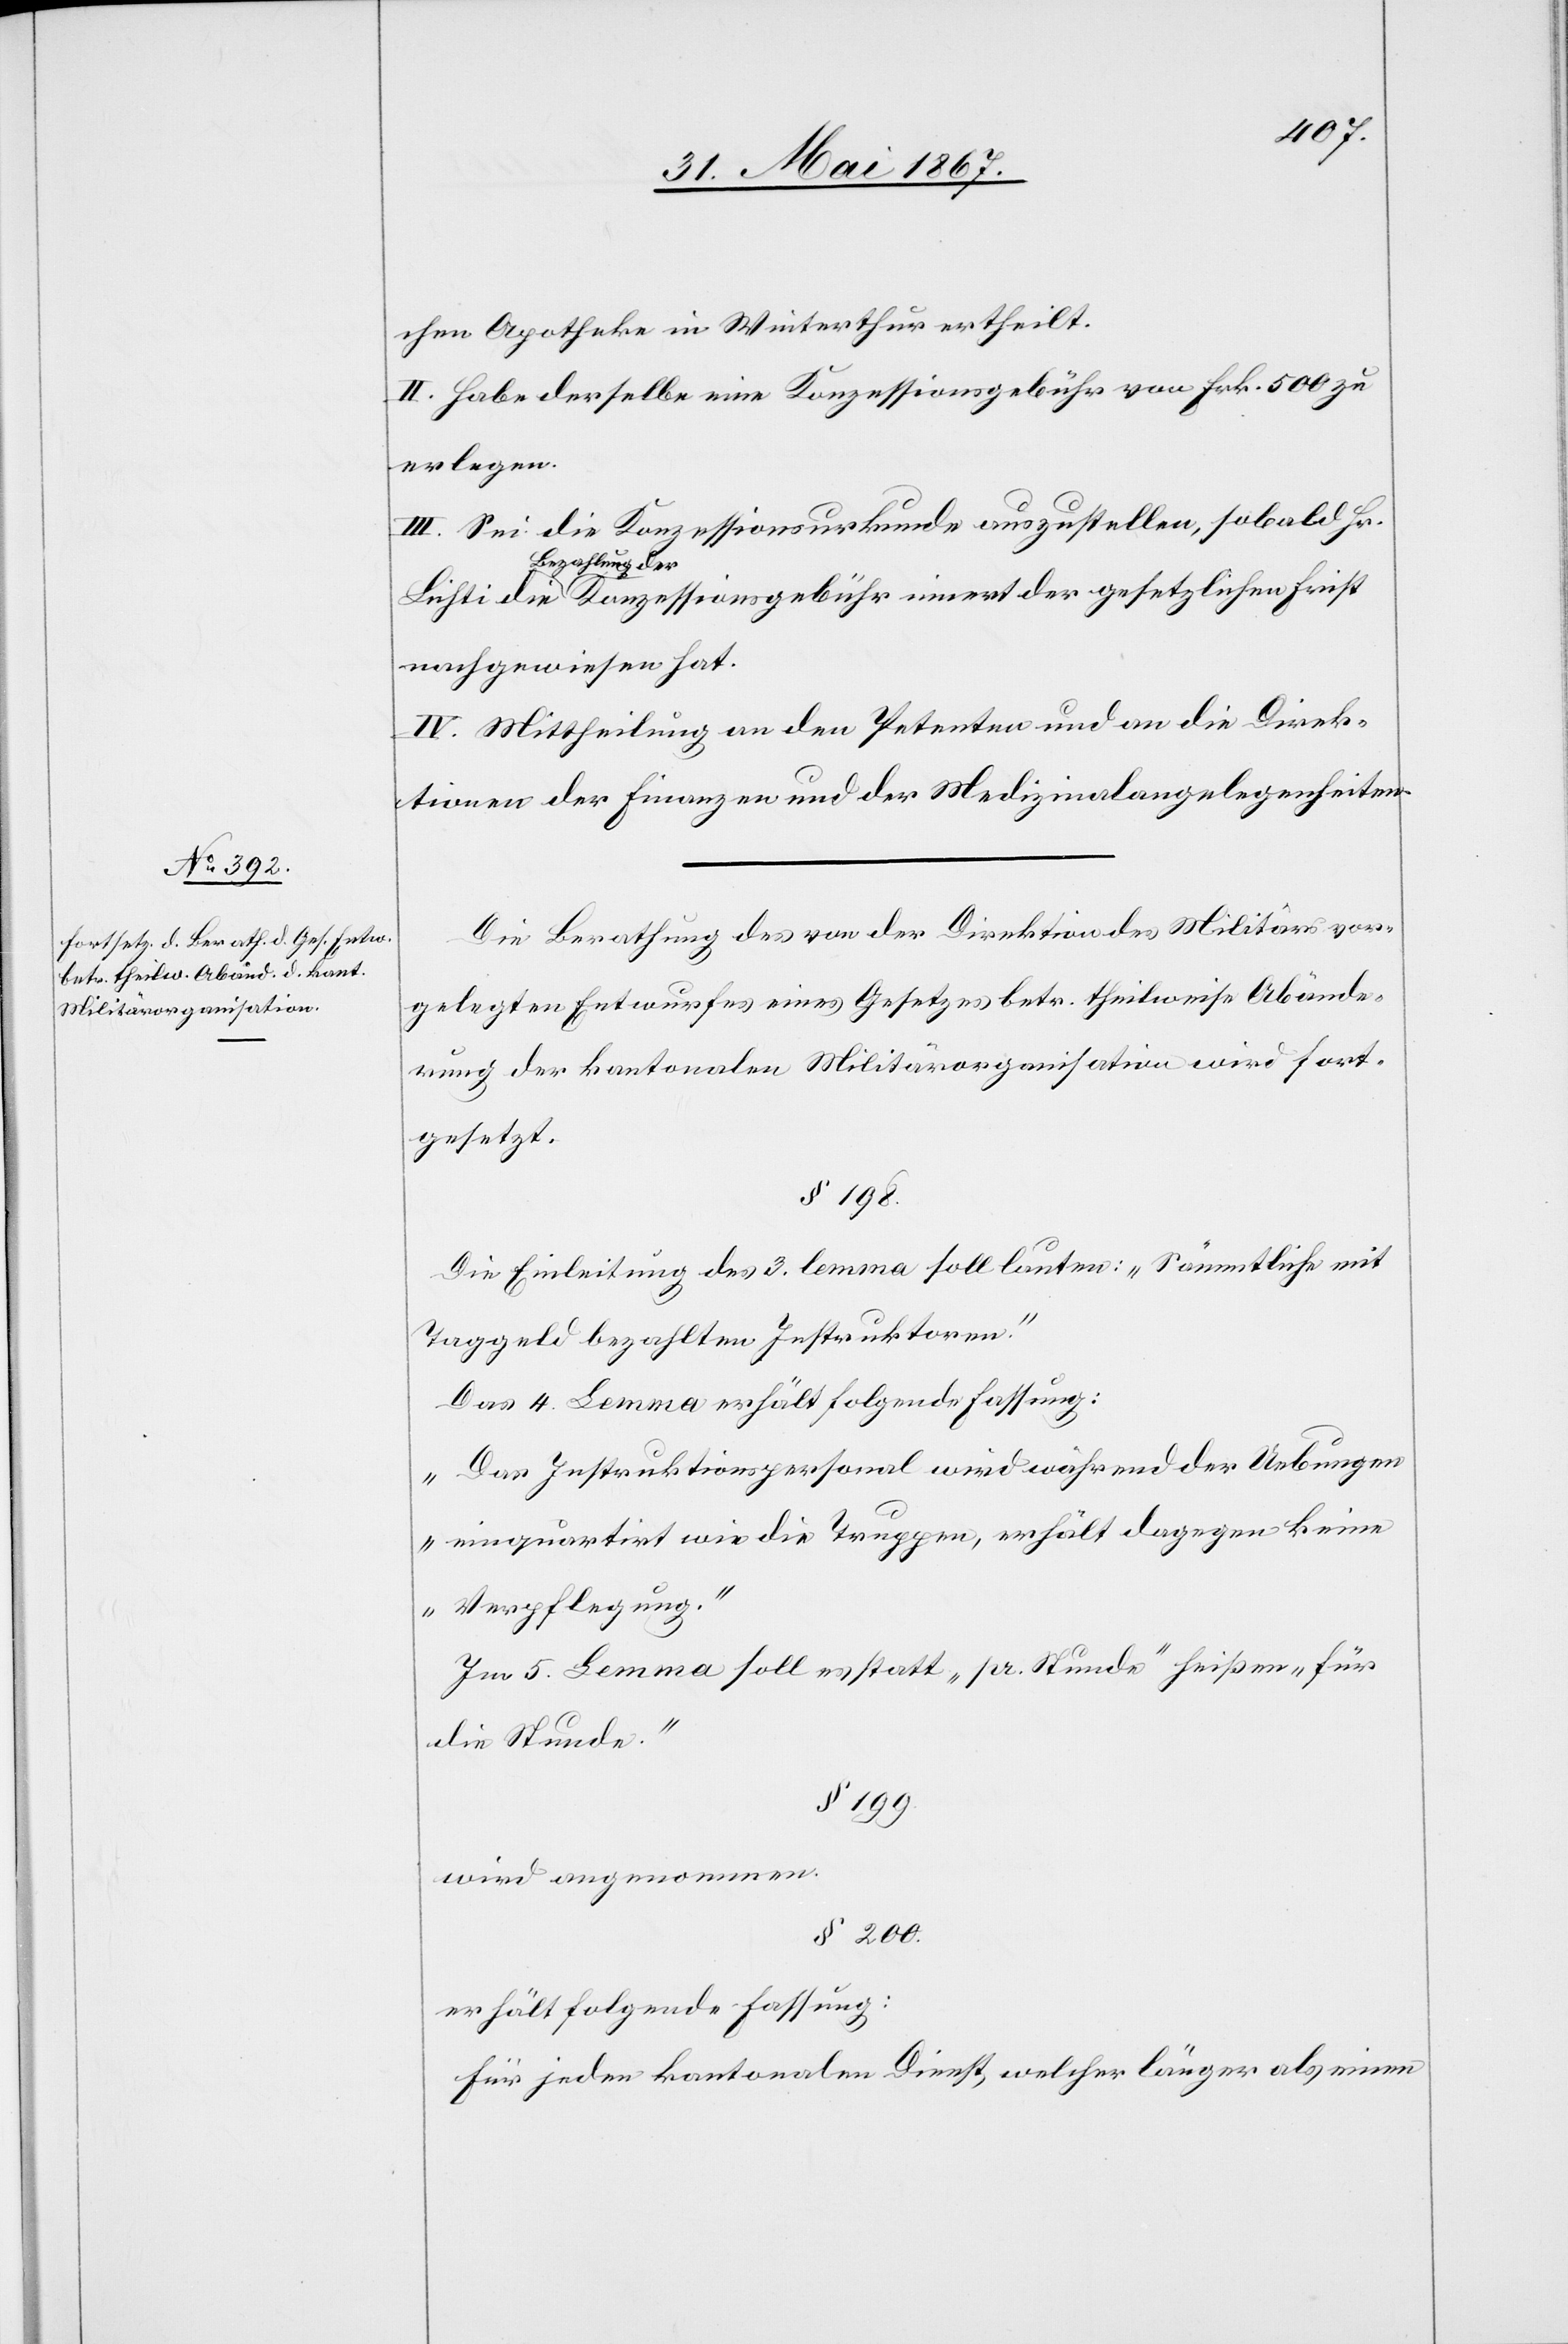
chen Apotheke in Winterthur ertheilt.
II. Habe derselbe eine Konzessionsgebühr von Frk. 500 zu
erlegen.
III. Sei die Konzessionsurkunde auszustellen, sobald Hr.
Bezahlung der
nachgewiesen hat.
IV. Mittheilung an den Petenten und an die Direk¬
tionen der Finanzen und der Medizinalangelegenheiten.
Die Berathung des von der Direktion des Militärs vor¬
gelegten Entwurfes eines Gesetzes betr. theilweise Abände¬
rung der kantonalen Militärorganisation wird fort¬
gesetzt.
§ 198.
Die Einleitung des 3. lemma soll lauten: „Sämmtliche mit
Taggeld bezahlten Instruktoren.“
Das 4. Lemma erhält folgende Fassung:
„Das Instructionspersonal wird während der Uebungen
einquartirt wie die Truppen, erhält dagegen keine
Verpflegung.“
Im 5. Lemma soll es statt „pr. Stunde“ heißen „für
die Stunde.“
§ 199.
wird angenommen.
§ 200.
erhält folgende Fassung:
Für jeden kantonalen Dienst, welcher länger als einen